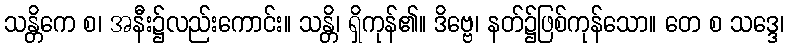
သန္တိကေ စ၊ အနီး၌လည်းကောင်း။ သန္တိ၊ ရှိကုန်၏။ ဒိဗ္ဗေ၊ နတ်၌ဖြစ်ကုန်သော။ တေ စ သဒ္ဒေ၊